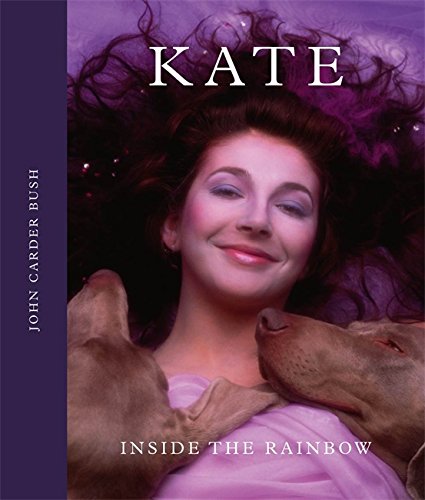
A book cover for Kate; John Carder Bush; Arts & Photography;